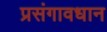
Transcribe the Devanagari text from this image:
प्रसंगावधान